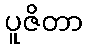
ပူဇိတာ